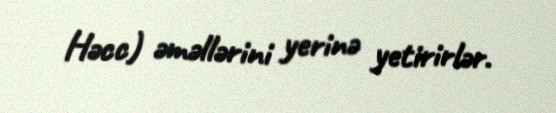
Həcc) əməllərini yerinə yetirirlər.